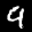
Label: 9